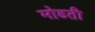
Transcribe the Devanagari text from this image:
मोडती